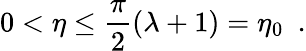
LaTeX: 0<\eta\leq\frac{\pi}{2}(\lambda+1)=\eta_{0}\, \, \, .